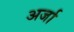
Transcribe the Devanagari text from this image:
अर्जा